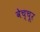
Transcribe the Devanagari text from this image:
वेच्चूर